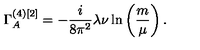
\Gamma _ { A } ^ { ( 4 ) [ 2 ] } = - \frac { i } { 8 \pi ^ { 2 } } \lambda \nu \ln \left( \frac { m } { \mu } \right) .